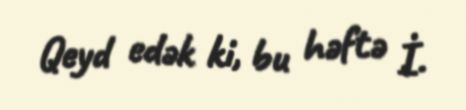
Qeyd edək ki, bu həftə İ.